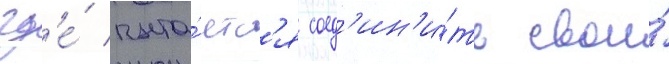
гд'е́ пыта́етс'я соед'ин'и́ть свои́